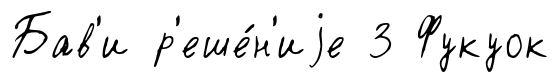
Бав'и р'еше́н'иjе 3 Фукуок